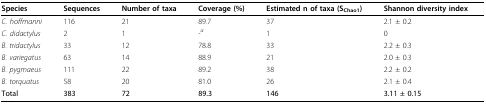
<table><thead><tr><td><b>Species</b></td><td><b>Sequences</b></td><td><b>Number of taxa</b></td><td><b>Coverage (%)</b></td><td><b>Estimated n of taxa (S<sub>Chao1</sub>)</b></td><td><b>Shannon diversity index</b></td></tr></thead><tbody><tr><td><i>C. hoffmanni</i></td><td>116</td><td>21</td><td>89.7</td><td>37</td><td>2.1 ± 0.2</td></tr><tr><td><i>C. didactylus</i></td><td>2</td><td>1</td><td>-<sup><i>a</i></sup></td><td>1</td><td>0</td></tr><tr><td><i>B. tridactylus</i></td><td>33</td><td>12</td><td>78.8</td><td>33</td><td>2.2 ± 0.3</td></tr><tr><td><i>B. variegatus</i></td><td>63</td><td>14</td><td>88.9</td><td>21</td><td>2.0 ± 0.3</td></tr><tr><td><i>B. pygmaeus</i></td><td>111</td><td>22</td><td>89.2</td><td>38</td><td>2.2 ± 0.2</td></tr><tr><td><i>B. torquatus</i></td><td>58</td><td>20</td><td>81.0</td><td>26</td><td>2.1 ± 0.4</td></tr><tr><td><b>Total</b></td><td><b>383</b></td><td><b>72</b></td><td><b>89.3</b></td><td><b>146</b></td><td><b>3.11 ± 0.15</b></td></tr></tbody></table>